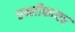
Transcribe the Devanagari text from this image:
एम्लीफायर